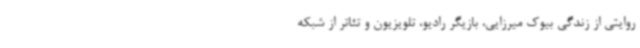
روایتی از زندگی بیوک میرزایی، بازیگر رادیو، تلویزیون و تئاتر از شبکه